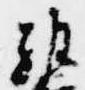
雅